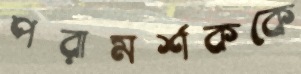
পরামর্শককে